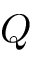
Q